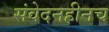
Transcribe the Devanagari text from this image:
संवेदनहीनच